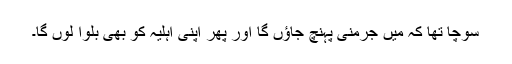
سوچا تھا کہ میں جرمنی پہنچ جاؤں گا اور پھر اپنی اہلیہ کو بھی بلوا لوں گا۔